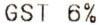
GST 6%